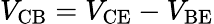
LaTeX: V_{\mathrm{CB}}=V_{\mathrm{CE}}-V_{\mathrm{BE}}